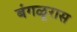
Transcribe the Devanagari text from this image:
बंगळूरास